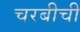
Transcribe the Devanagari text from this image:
चरबीची